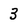
Character: 3